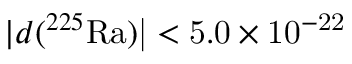
| d ( ^ { 2 2 5 } \mathrm { { R a } ) | < 5 . 0 \times 1 0 ^ { - 2 2 } }